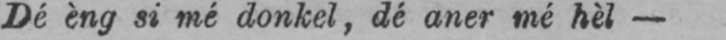
Dé èng si mé donkel, dé aner mé hèl-